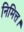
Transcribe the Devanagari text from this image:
निमित्त।